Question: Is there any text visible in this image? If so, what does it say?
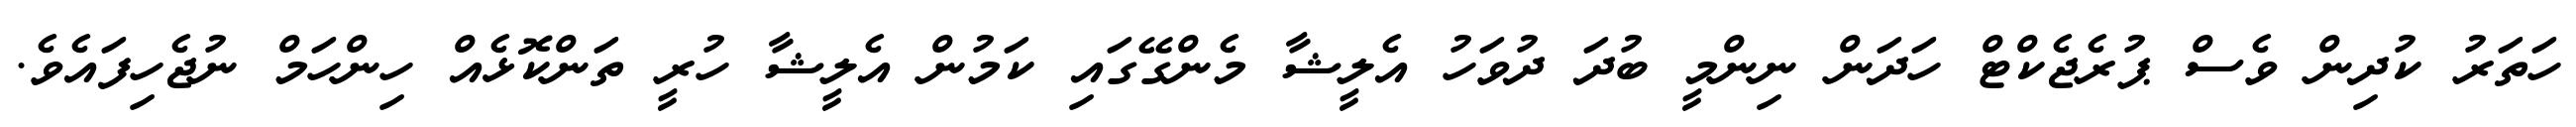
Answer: ހަތަރު ކުދިން ވެސް ޕުރެޖެކްޓް ހަދަން ނިންމީ ބުދަ ދުވަހު އެލީޝާ މެންގޭގައި ކަމުން އެލީޝާ ހުރީ ތަންކޮޅެއް ހިންހަމް ނުޖެހިފައެވެ.